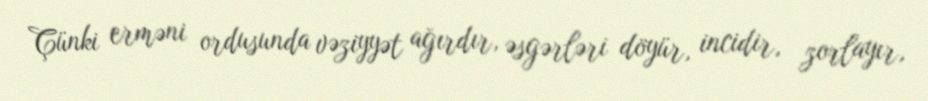
Çünki erməni ordusunda vəziyyət ağırdır, əsgərləri döyür, incidir, zorlayır,